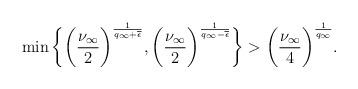
LaTeX: \begin{align*} \min \bigg\{ \bigg(\frac{\nu_\infty}{2}\bigg)^{\frac{1}{q_{\infty}+\overline{\epsilon}}}, \bigg(\frac{\nu_\infty}{2}\bigg)^{\frac{1}{q_{\infty}-\overline{\epsilon}}}\bigg\} > \bigg( \frac{\nu_{\infty}}{4}\bigg )^{\frac{1}{q_{\infty}}}. \end{align*}